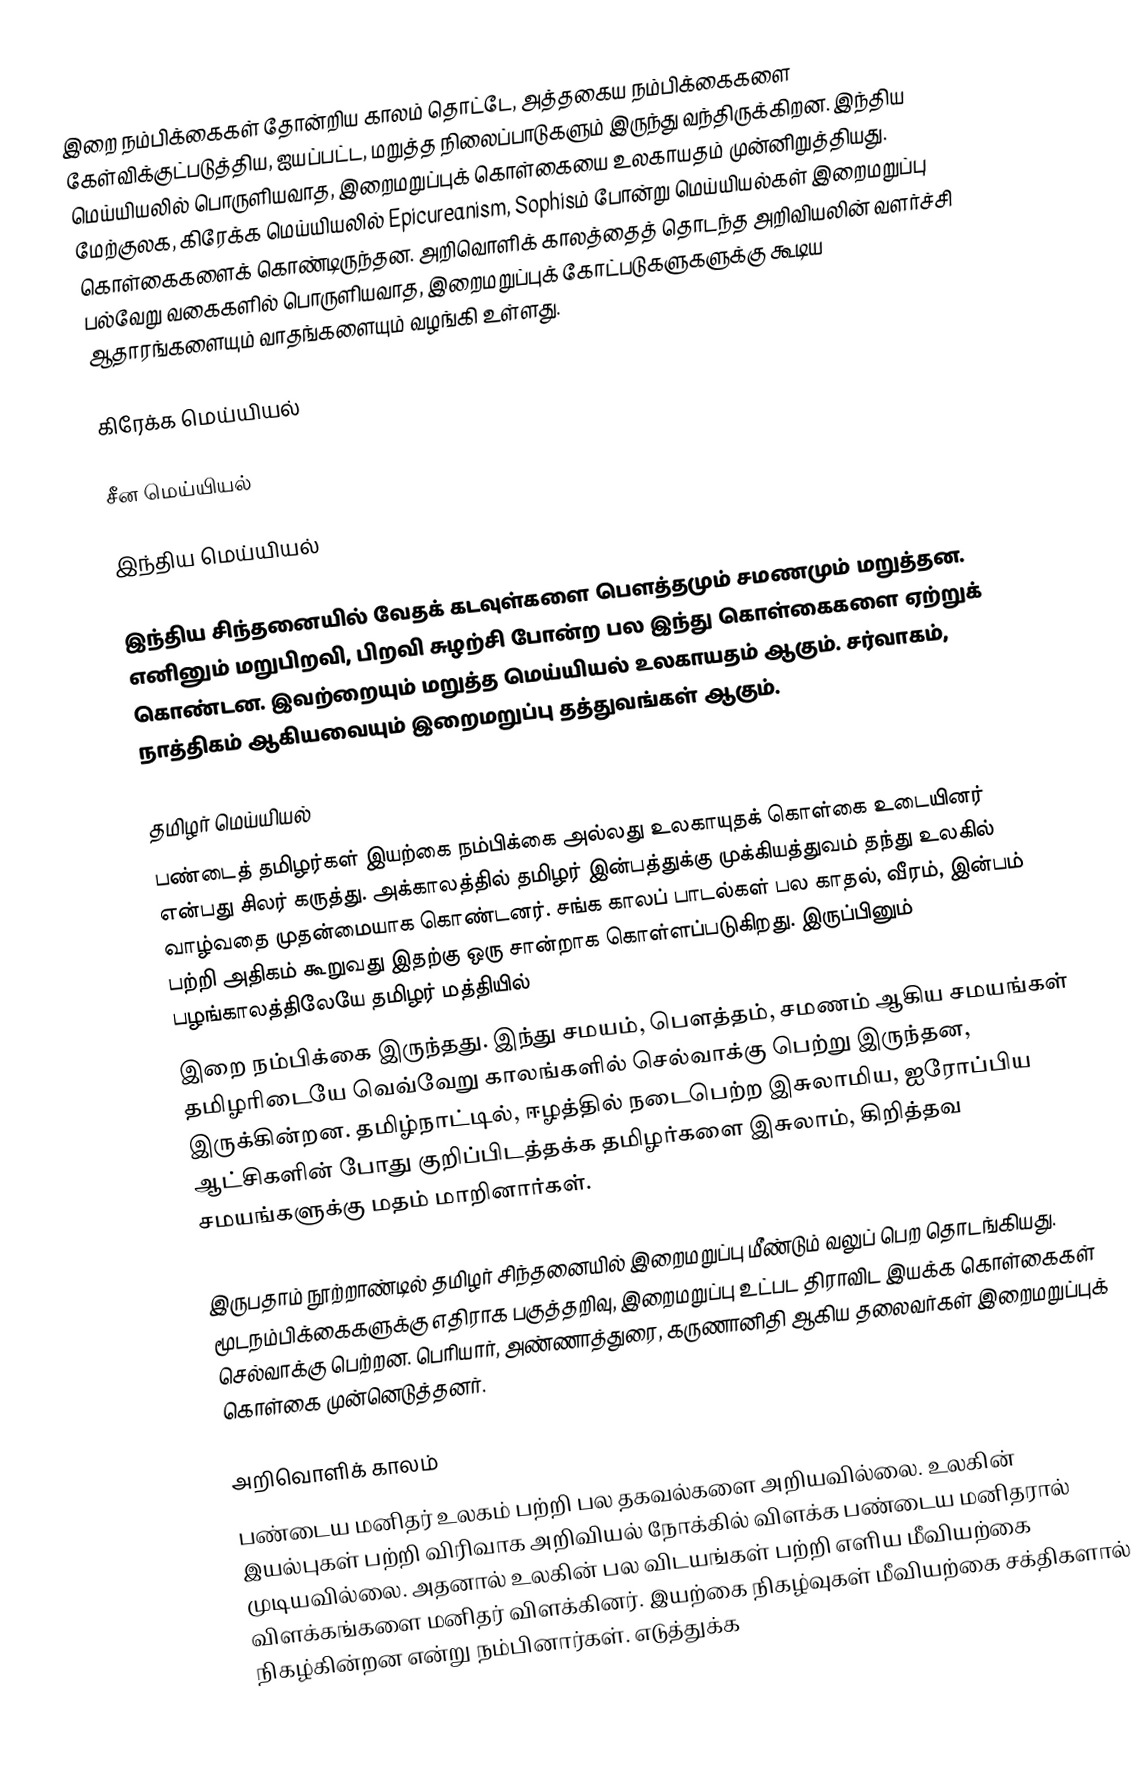
இறை நம்பிக்கைகள் தோன்றிய காலம் தொட்டே, அத்தகைய நம்பிக்கைகளை கேள்விக்குட்படுத்திய, ஐயப்பட்ட, மறுத்த நிலைப்பாடுகளும் இருந்து வந்திருக்கிறன.  இந்திய மெய்யியலில் பொருளியவாத, இறைமறுப்புக் கொள்கையை உலகாயதம் முன்னிறுத்தியது.  மேற்குலக, கிரேக்க மெய்யியலில் Epicureanism, Sophisம் போன்று மெய்யியல்கள் இறைமறுப்பு கொள்கைகளைக் கொண்டிருந்தன.  அறிவொளிக் காலத்தைத் தொடந்த அறிவியலின் வளர்ச்சி பல்வேறு வகைகளில் பொருளியவாத, இறைமறுப்புக் கோட்படுகளுகளுக்கு கூடிய ஆதாரங்களையும் வாதங்களையும் வழங்கி உள்ளது.

கிரேக்க மெய்யியல்

சீன மெய்யியல்

இந்திய மெய்யியல்

இந்திய சிந்தனையில் வேதக் கடவுள்களை பெளத்தமும் சமணமும் மறுத்தன.  எனினும் மறுபிறவி, பிறவி சுழற்சி போன்ற பல இந்து கொள்கைகளை ஏற்றுக் கொண்டன.  இவற்றையும் மறுத்த மெய்யியல் உலகாயதம் ஆகும்.  சர்வாகம், நாத்திகம் ஆகியவையும் இறைமறுப்பு தத்துவங்கள் ஆகும்.

தமிழர் மெய்யியல்
பண்டைத் தமிழர்கள் இயற்கை நம்பிக்கை அல்லது உலகாயுதக் கொள்கை உடையினர் என்பது சிலர் கருத்து.  அக்காலத்தில் தமிழர் இன்பத்துக்கு முக்கியத்துவம் தந்து உலகில் வாழ்வதை முதன்மையாக கொண்டனர்.  சங்க காலப் பாடல்கள் பல காதல், வீரம், இன்பம் பற்றி அதிகம் கூறுவது இதற்கு ஒரு சான்றாக கொள்ளப்படுகிறது.  இருப்பினும் பழங்காலத்திலேயே தமிழர் மத்தியில்
இறை நம்பிக்கை இருந்தது.  இந்து சமயம், பௌத்தம், சமணம் ஆகிய சமயங்கள் தமிழரிடையே வெவ்வேறு காலங்களில் செல்வாக்கு பெற்று இருந்தன, இருக்கின்றன.  தமிழ்நாட்டில், ஈழத்தில் நடைபெற்ற இசுலாமிய, ஐரோப்பிய ஆட்சிகளின் போது குறிப்பிடத்தக்க தமிழர்களை இசுலாம், கிறித்தவ சமயங்களுக்கு மதம் மாறினார்கள்.

இருபதாம் நூற்றாண்டில் தமிழர் சிந்தனையில் இறைமறுப்பு மீண்டும் வலுப் பெற தொடங்கியது.  மூடநம்பிக்கைகளுக்கு எதிராக பகுத்தறிவு, இறைமறுப்பு உட்பட திராவிட இயக்க கொள்கைகள் செல்வாக்கு பெற்றன.  பெரியார், அண்ணாத்துரை, கருணானிதி ஆகிய தலைவர்கள் இறைமறுப்புக் கொள்கை முன்னெடுத்தனர்.

அறிவொளிக் காலம்
பண்டைய மனிதர் உலகம் பற்றி பல தகவல்களை அறியவில்லை.  உலகின் இயல்புகள் பற்றி விரிவாக அறிவியல் நோக்கில் விளக்க பண்டைய மனிதரால் முடியவில்லை.  அதனால் உலகின் பல விடயங்கள் பற்றி எளிய மீவியற்கை விளக்கங்களை மனிதர் விளக்கினர்.  இயற்கை நிகழ்வுகள் மீவியற்கை சக்திகளால் நிகழ்கின்றன என்று நம்பினார்கள்.  எடுத்துக்க